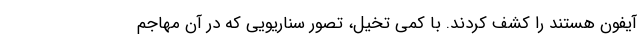
آیفون هستند را کشف کردند. با کمی تخیل، تصور سناریویی که در آن مهاجم